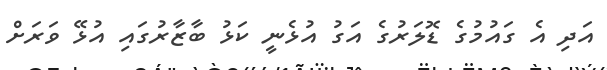
އަދި އެ ގައުމުގެ ޑޮލަރުގެ އަގު އުޅެނީ ކަޅު ބާޒާރުގައި އުޅޭ ވަރަށް